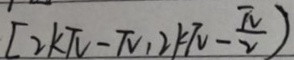
[ 2 k \pi - \pi , 2 k \pi - \frac { \pi } { 2 } )